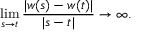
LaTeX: \operatorname* { l i m } _ { s \to t } { \frac { | w ( s ) - w ( t ) | } { | s - t | } } \to \infty .